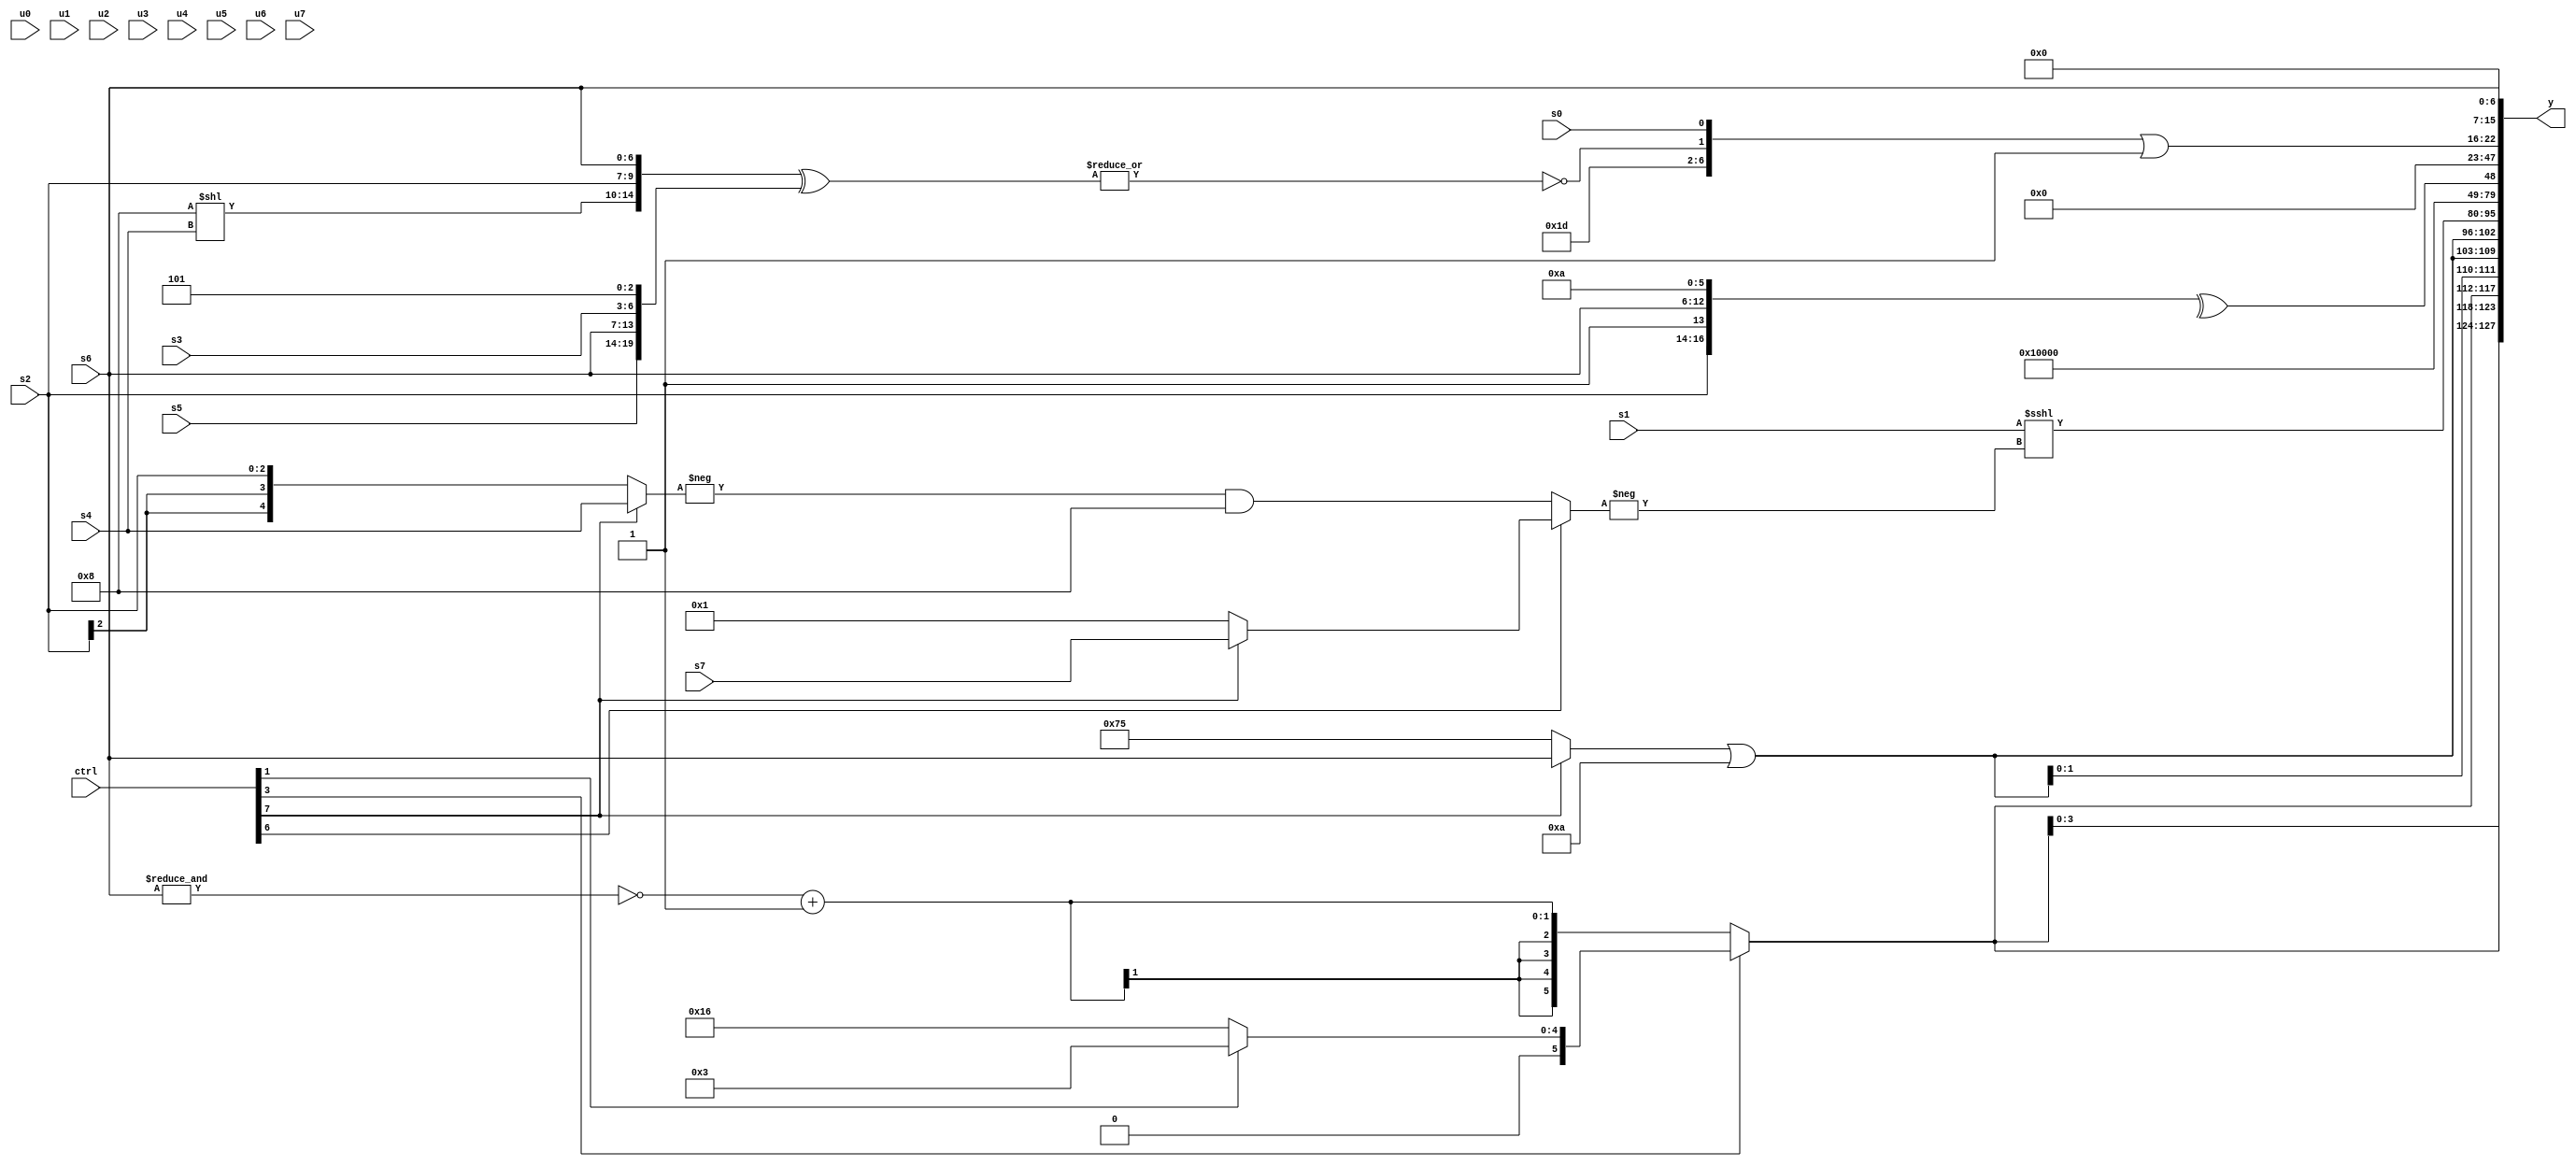
module wideexpr_00941(ctrl, u0, u1, u2, u3, u4, u5, u6, u7, s0, s1, s2, s3, s4, s5, s6, s7, y);
  input [7:0] ctrl;
  input [0:0] u0;
  input [1:0] u1;
  input [2:0] u2;
  input [3:0] u3;
  input [4:0] u4;
  input [5:0] u5;
  input [6:0] u6;
  input [7:0] u7;
  input signed [0:0] s0;
  input signed [1:0] s1;
  input signed [2:0] s2;
  input signed [3:0] s3;
  input signed [4:0] s4;
  input signed [5:0] s5;
  input signed [6:0] s6;
  input signed [7:0] s7;
  output [127:0] y;
  wire [15:0] y0;
  wire [15:0] y1;
  wire [15:0] y2;
  wire [15:0] y3;
  wire [15:0] y4;
  wire [15:0] y5;
  wire [15:0] y6;
  wire [15:0] y7;
  assign y = {y0,y1,y2,y3,y4,y5,y6,y7};
  assign y0 = {4{{(ctrl[3]?(ctrl[3]?(ctrl[1]?5'sb00011:6'sb010110):2'sb01):($signed(~&(s6)))+(((4'sb0010)-(3'sb011))>>>(+(2'sb01))))}}};
  assign y1 = {3{((ctrl[7]?s6:5'sb10101))|(4'sb1010)}};
  assign y2 = (s1)<<<(-((ctrl[6]?(ctrl[7]?s7:-(2'sb11)):(-((ctrl[7]?s4:s2)))&(4'sb1000))));
  assign y3 = 6'sb000010;
  assign y4 = ^($signed({1{{$signed(s2),(+(6'sb100100))!=(+(2'sb11)),s6,(6'sb001010)&((3'sb100)+(3'sb111))}}}));
  assign y5 = (s2)<<($signed((6'sb101110)>>>((-(2'b01))-((5'sb01110)^~(4'sb1110)))));
  assign y6 = ({6'sb011101,~|(({(5'sb11000)<<(s4),$signed(s2),$signed(s6)})^({$signed(s5),$signed(s6),$signed(s3),3'b101})),s0})|(~^(+(2'sb11)));
  assign y7 = $unsigned(s6);
endmodule